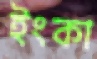
ইংকা